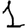
Digit: 1